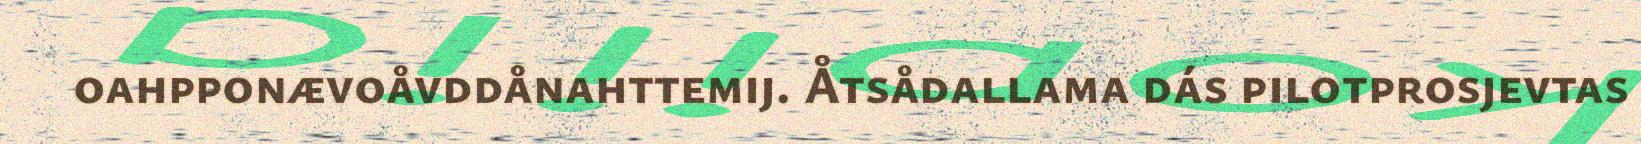
oahpponævoåvddånahttemij. Åtsådallama dás pilotprosjevtas